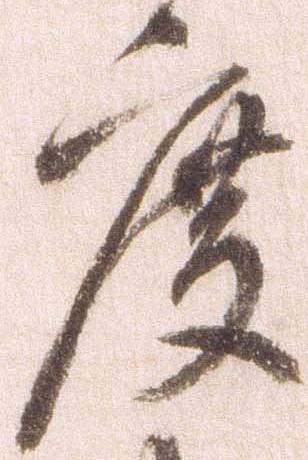
度